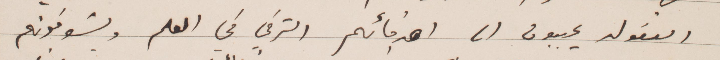
العقول يحببون ان اصدقائهم الشرقي في العلم ويشوفونهم